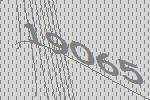
19065